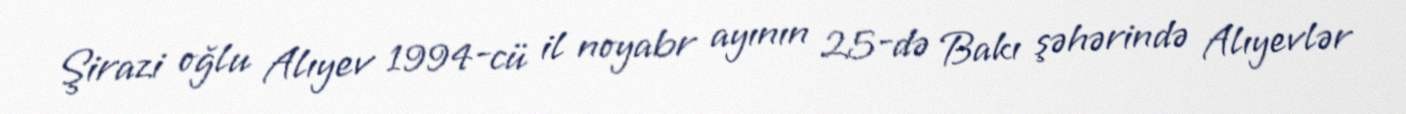
Şirazi oğlu Alıyev 1994-cü il noyabr ayının 25-də Bakı şəhərində Alıyevlər